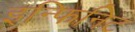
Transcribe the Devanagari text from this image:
इन्फिनिट